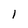
Character: l